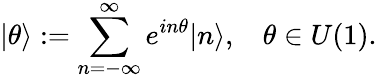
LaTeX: \vert\theta\rangle:=\sum_{n=-\infty}^{\infty}e^{in\theta}\vert n\rangle,\: \: \: \: \theta\in U(1).